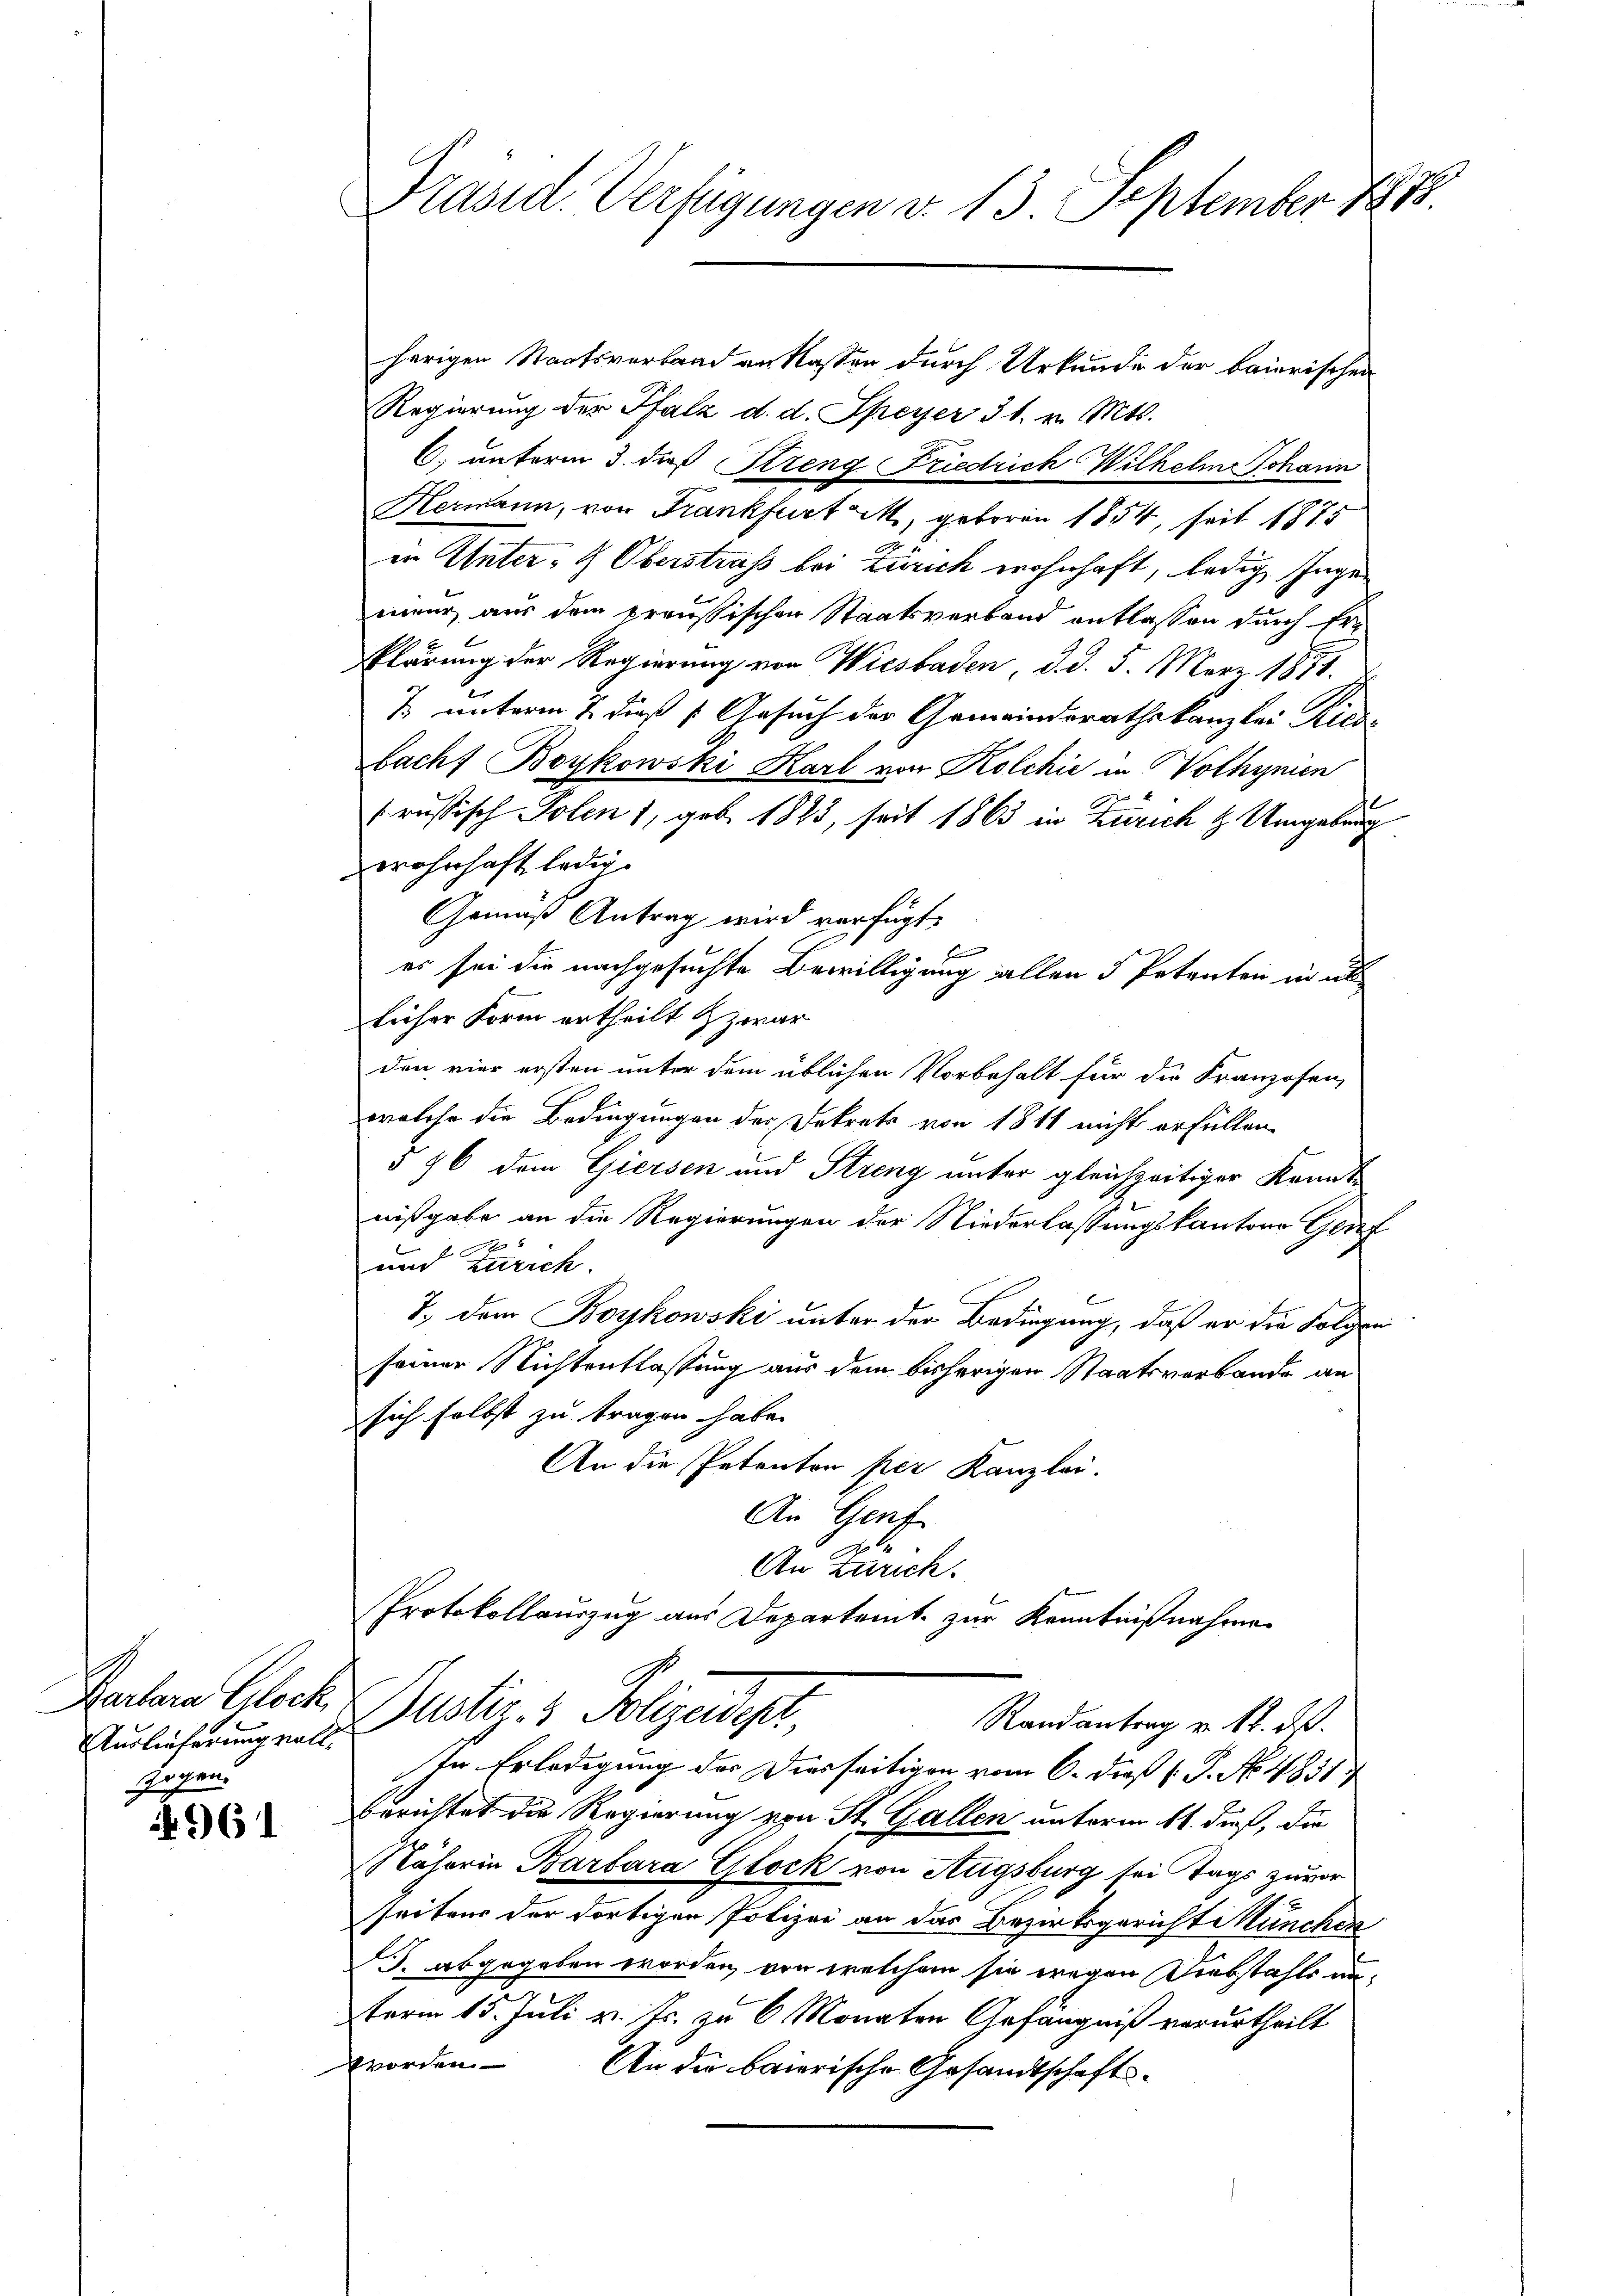
Auslieferung vollzogen.

961

herigen Staatsverband an Kassen durch Urkunde der baierischen
Regierung der Pfalz d. d. Speyer 31. v. Mts.
6) unterm 3. dieß Streng Friedrich Wilhelm Johann
Hermann, von Frankfurt , geboren 1854, seit 1875
in Unter- & Oberstraß bei Zürich wohnhaft, ledig Inge
mene aus dem preussischen Staatsverband entlassen durch Erklärung der Regierung von Wiesbaden, d. d. 5. März 1874.
7. unterm 2. dieß s Gesuch der Gemeinderathskanzlei Ried-
bacht Boykowski Karl von Kolchić in Volhynien
russisch Polen 1, geb. 1823, seit 1863 in Zürich & Umgebung
wohnhaft ledig
Gemäß Antrag wird verfügt:
F
es sei die nachgesuchte Bewilligung allen 5 Petenten in al
lieher Form ertheilt & zwar
den vier ersten unter dem üblichen Vorbehalt für die Franzosen,
welche die Bedingungen der Dekret von 1811 nicht erfüllen.
§ 76 dem Giersen und Streng unter gleichzeitiger Kranke
nißgabe an die Regierungen der Niederlassungskantons Genf
2
C
nach Zürich.
7.) Dem Borckowski unter der Bedingung, daß er die Folgen
seiner Nichtentlassung aus dem bisherigen Staatsverbande an
sich selbst zu tragen habe.
An die Petenten per Kanzlei.
An Genf
An Zürich.
Protokollauszug aus Departeit zur Kenntnißnahme
Rachen Blech Gustiz- & Polizeidept
Randantrag v. 12. d.
In Erledigung der Diesseitigen vom 6. dieß (P. No. 4831
Berichtet die Regierung von St. Gallen unterm 11. dieß, die
Näherin Barbara Glock von Augsburg sei Tags zuvor
seitens der dortigen Polizei an das Bezirksgericht München
J. abgegeben worden, von welchem sie wegen Diebstahls unterm 15. Juli v. Js. zu 6 Monaten Gefängniß verurtheilt
worden. An die baierische Gesandtschafts¬

Präsid. Verfügungen d. 13 September 1878